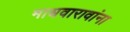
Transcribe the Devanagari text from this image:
माधवारावांना